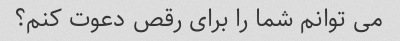
می توانم شما را برای رقص دعوت کنم؟